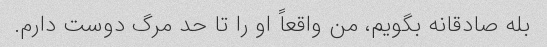
بله صادقانه بگویم، من واقعاً او را تا حد مرگ دوست دارم.